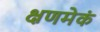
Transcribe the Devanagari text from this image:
क्षणमेकं